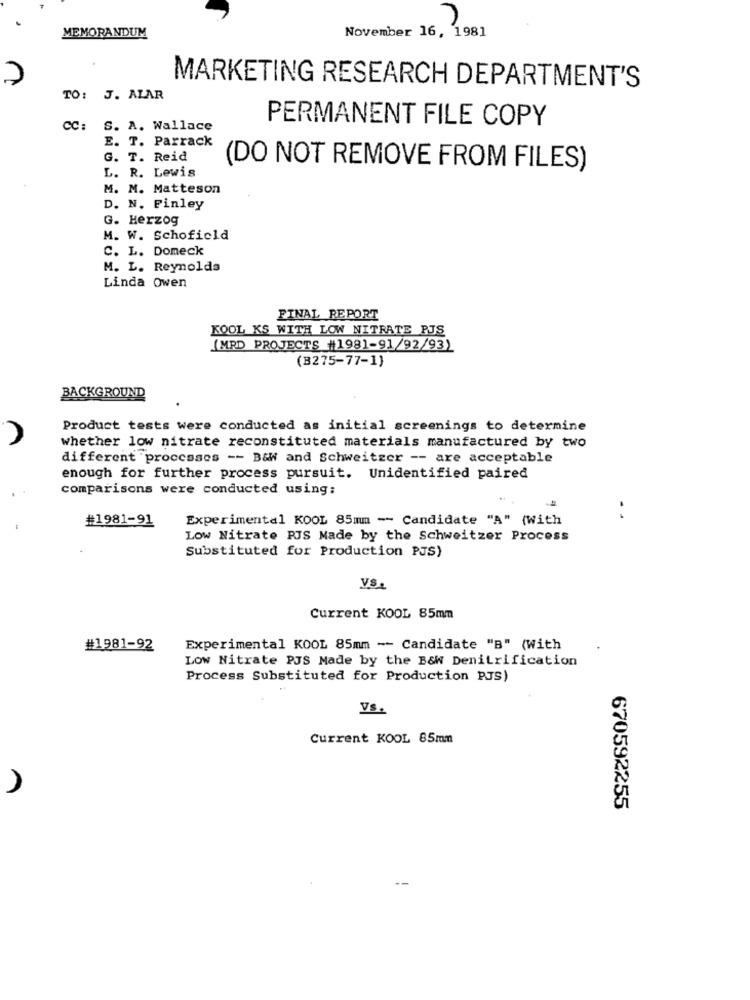
MEMORANDUM
November 16, 1981
MARKETING RESEARCH DEPARTMENT'S
TO: J. ALAR
PERMANENT FILE COPY
CC:
S. A. Wallace
E. T. Parrack
G. T. Reid
L. R. Lewis
(DO NOT REMOVE FROM FILES)
M. M. Matteson
D. N. Finley
G. Herzog
M. W. Schofield
C. L. Domeck
M. L. Reynolds
Linda Owen
FINAL REPORT
KOOL KS WITH LOW NITRATE PJS
(MRD PROJECTS #1981-91/92/93)
(B275-77-1)
BACKGROUND
Product tests were conducted as initial screenings to determine
whether low nitrate reconstituted materials manufactured by two
different processes -- B&W and Schweitzer -- are acceptable
enough for further process pursuit. Unidentified paired
comparisons were conducted using:
#1981-91
Experimental KOOL 85mm - Candidate "A" (With
Low Nitrate PIS Made by the Schweitzer Process
Substituted for Production PJS)
VS.
Current KOOL 85mm
#1981-92
Experimental KOOL 85mm -- Candidate "B" (With
Low Nitrate PJS Made by the B&W Denitrification
Process Substituted for Production PJS)
Vs.
Current KOOL 85mm
670592255